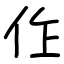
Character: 㑅